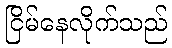
ငြိမ်နေလိုက်သည်